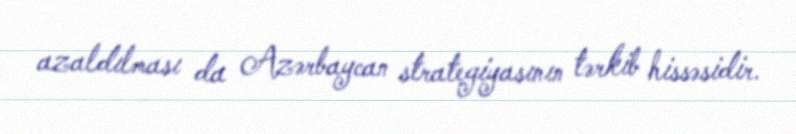
azaldılması da Azərbaycan strategiyasının tərkib hissəsidir.